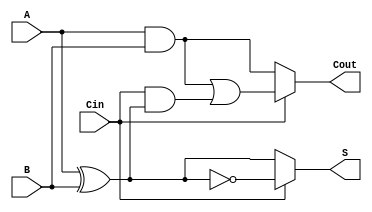
module ConditionalSumFullAdder (
    input wire A,    // First input bit
    input wire B,    // Second input bit
    input wire Cin,  // Carry-in bit
    output wire S,   // Sum output
    output wire Cout // Carry-out output
);

    // Intermediate signals for potential sums and carry outs
    wire S0, S1; // Potential sums when Cin = 0 and Cin = 1
    wire C0, C1; // Potential carry outs when Cin = 0 and Cin = 1

    // Compute sums
    assign S0 = A ^ B;          // Sum when Cin = 0
    assign S1 = A ^ B ^ 1'b1;   // Sum when Cin = 1 (equivalent to A ^ B ^ Cin)

    // Compute carry outs
    assign C0 = A & B;                      // Carry out when Cin = 0
    assign C1 = (A & B) | (Cin & (A ^ B));  // Carry out when Cin = 1

    // Final outputs selected based on the value of Cin
    assign S = (Cin) ? S1 : S0; // Select sum based on Cin
    assign Cout = (Cin) ? C1 : C0; // Select carry out based on Cin

endmodule